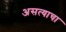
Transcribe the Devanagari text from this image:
असत्याचा